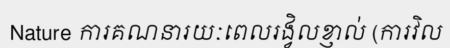
Nature ការគណនារយៈពេលរង្វិលខ្ញាល់ (ការវិល